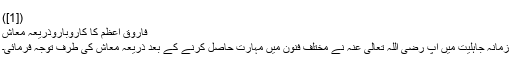
([1])
فاروقِ اعظم کا کاروباروذریعۂ معاش
زمانہ جاہلیت میں آپ رَضِیَ اللّٰہُ تَعَالٰی عَنْہ نے مختلف فنون میں مہارت حاصل کرنے کے بعد ذریعہ معاش کی طرف توجہ فرمائی۔